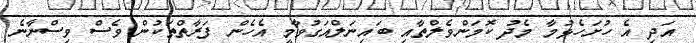
އަދި އެ ހުށަހެޅުމާ މެދު ކޮމަންވެލްތާއި ބައިނަލްއަގުވާމީ އެހެން ފަރާތްތަކުން ވެސް ވިސްނާނެ